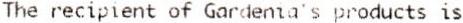
THE RECIPIENT OF GARDENIA'S PRODUCTS IS